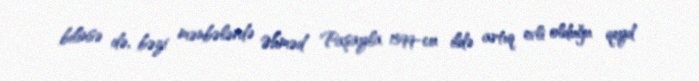
bilinsə də, bəzi mənbələrdə Əhməd Paşayla 1599-cu ildə artıq evli olduğu qeyd